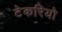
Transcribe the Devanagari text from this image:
टेकरियो